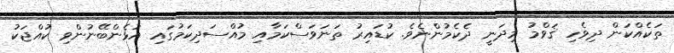
ތަކެއްކަން ދިވެހި ޤަވްމު މިދަނީ ދެކެމުންނެވެ. ކުޑައިރު ތަނަވަސްކަމާއި މުއްސަދިކަމުގައި އުޅެންބޭނުންވި ކުއްޖަކު